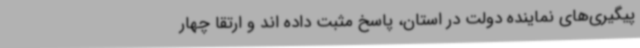
پیگیری‌های نماینده دولت در استان، پاسخ مثبت داده اند و ارتقا چهار